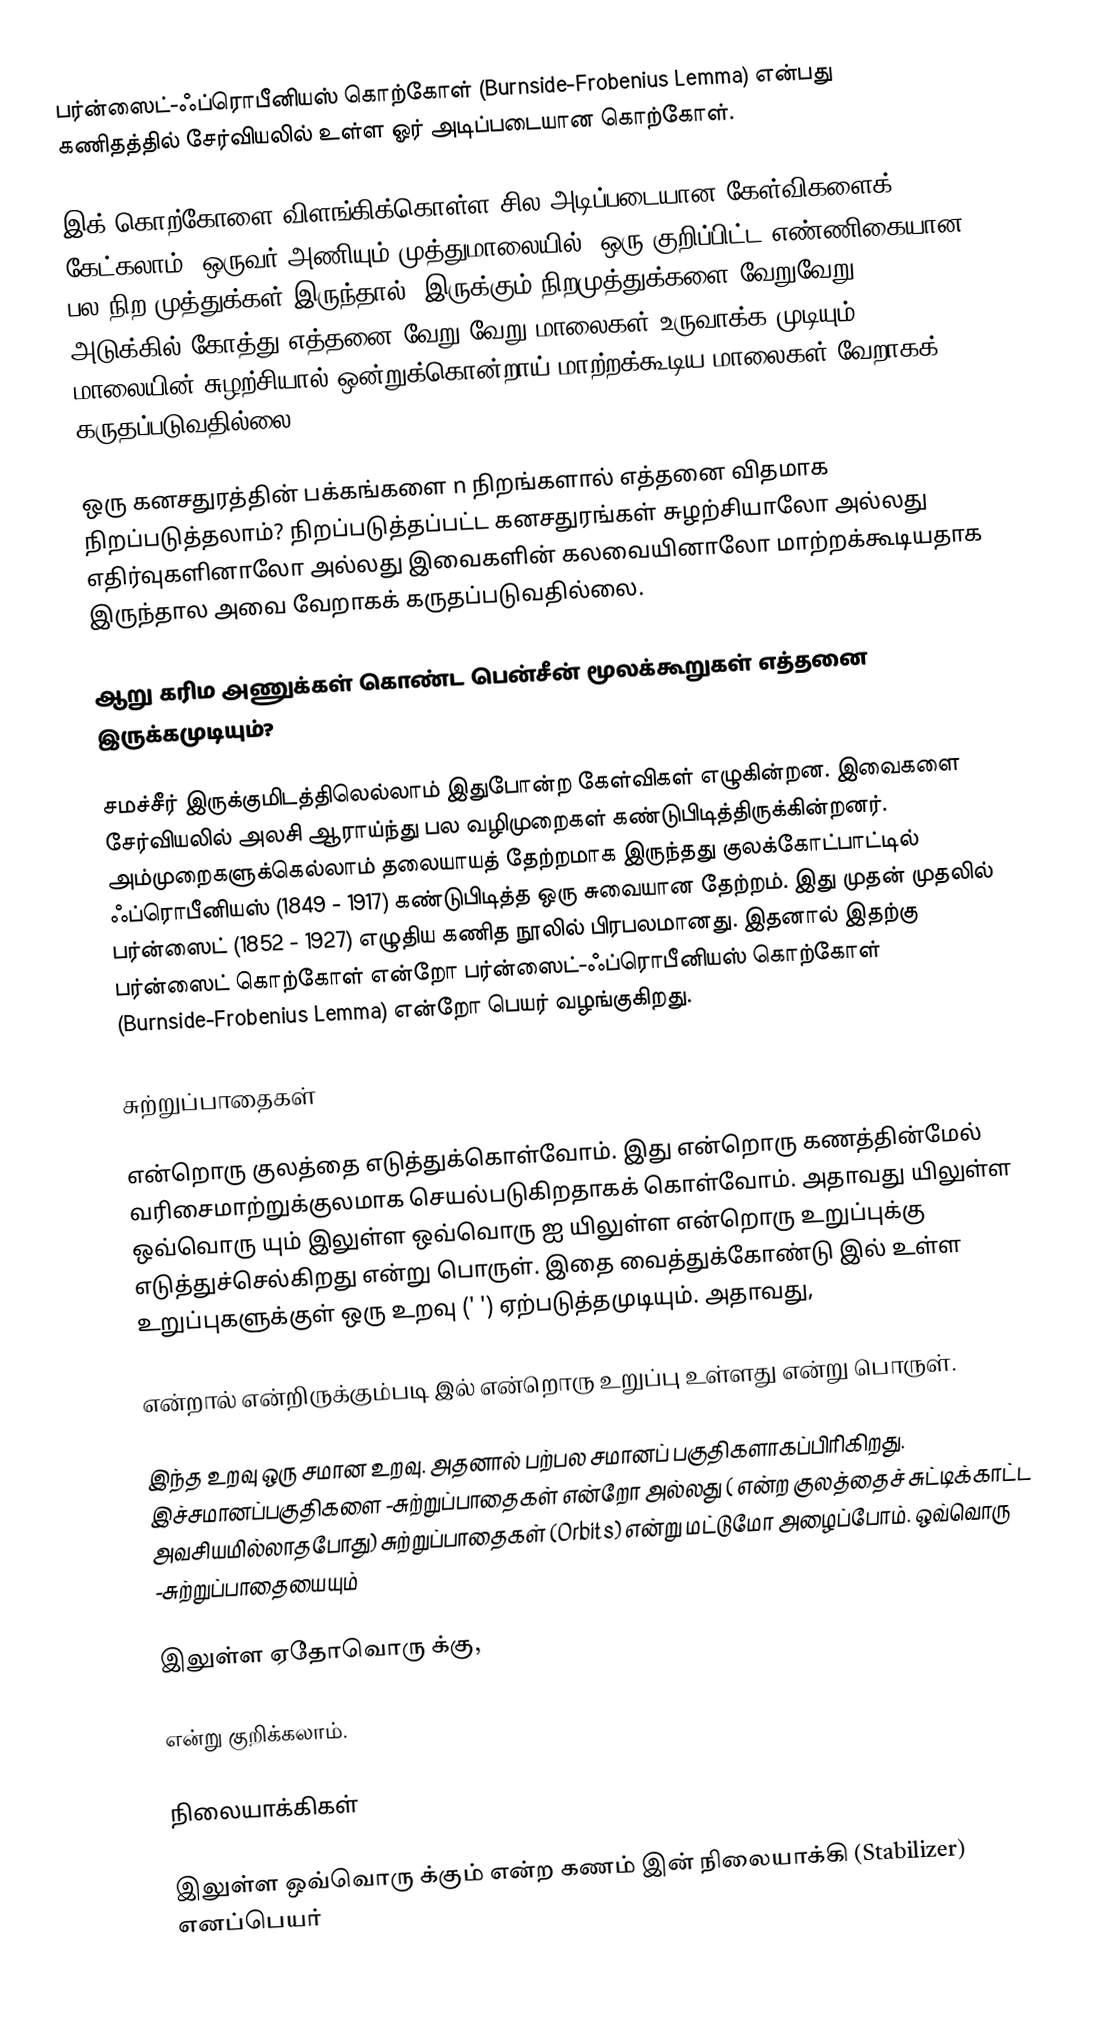
பர்ன்ஸைட்-ஃப்ரொபீனியஸ் கொற்கோள்  (Burnside-Frobenius Lemma) என்பது கணிதத்தில் சேர்வியலில் உள்ள ஓர் அடிப்படையான கொற்கோள்.

இக் கொற்கோளை விளங்கிக்கொள்ள சில அடிப்படையான கேள்விகளைக் கேட்கலாம். ஒருவர் அணியும் முத்துமாலையில், ஒரு குறிப்பிட்ட எண்ணிகையான பல நிற முத்துக்கள் இருந்தால், இருக்கும் நிறமுத்துக்களை வேறுவேறு அடுக்கில் கோத்து எத்தனை வேறு வேறு மாலைகள் உருவாக்க முடியும்? மாலையின் சுழற்சியால் ஒன்றுக்கொன்றாய் மாற்றக்கூடிய மாலைகள் வேறாகக் கருதப்படுவதில்லை.

ஒரு கனசதுரத்தின் பக்கங்களை  n நிறங்களால் எத்தனை விதமாக நிறப்படுத்தலாம்? நிறப்படுத்தப்பட்ட கனசதுரங்கள்  சுழற்சியாலோ அல்லது எதிர்வுகளினாலோ அல்லது இவைகளின் கலவையினாலோ மாற்றக்கூடியதாக இருந்தால அவை வேறாகக் கருதப்படுவதில்லை.

ஆறு கரிம அணுக்கள் கொண்ட பென்சீன் மூலக்கூறுகள் எத்தனை இருக்கமுடியும்?

சமச்சீர் இருக்குமிடத்திலெல்லாம் இதுபோன்ற கேள்விகள் எழுகின்றன. இவைகளை சேர்வியலில் அலசி ஆராய்ந்து பல வழிமுறைகள் கண்டுபிடித்திருக்கின்றனர். அம்முறைகளுக்கெல்லாம் தலையாயத் தேற்றமாக இருந்தது குலக்கோட்பாட்டில் ஃப்ரொபீனியஸ் (1849 - 1917) கண்டுபிடித்த ஒரு சுவையான தேற்றம். இது முதன் முதலில் பர்ன்ஸைட் (1852 - 1927)  எழுதிய கணித நூலில் பிரபலமானது. இதனால் இதற்கு பர்ன்ஸைட் கொற்கோள் என்றோ பர்ன்ஸைட்-ஃப்ரொபீனியஸ் கொற்கோள்  (Burnside-Frobenius Lemma) என்றோ பெயர் வழங்குகிறது.

சுற்றுப்பாதைகள்

 என்றொரு குலத்தை எடுத்துக்கொள்வோம். இது  என்றொரு கணத்தின்மேல் வரிசைமாற்றுக்குலமாக செயல்படுகிறதாகக் கொள்வோம். அதாவது  யிலுள்ள ஒவ்வொரு  யும்  இலுள்ள ஒவ்வொரு   ஐ  யிலுள்ள   என்றொரு உறுப்புக்கு எடுத்துச்செல்கிறது என்று பொருள். இதை வைத்துக்கோண்டு  இல் உள்ள உறுப்புகளுக்குள் ஒரு உறவு  ('  ') ஏற்படுத்தமுடியும். அதாவது,

   என்றால்   என்றிருக்கும்படி   இல்   என்றொரு உறுப்பு உள்ளது என்று பொருள்.

இந்த உறவு ஒரு சமான உறவு. அதனால்  பற்பல சமானப் பகுதிகளாகப்பிரிகிறது. இச்சமானப்பகுதிகளை -சுற்றுப்பாதைகள் என்றோ அல்லது ( என்ற குலத்தைச் சுட்டிக்காட்ட அவசியமில்லாதபோது) சுற்றுப்பாதைகள் (Orbits) என்று மட்டுமோ  அழைப்போம். ஒவ்வொரு -சுற்றுப்பாதையையும்

  இலுள்ள ஏதோவொரு   க்கு,

என்று குறிக்கலாம்.

நிலையாக்கிகள்

 இலுள்ள ஒவ்வொரு  க்கும்   என்ற கணம்   இன் நிலையாக்கி (Stabilizer) எனப்பெயர்